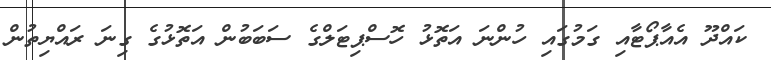
ކައްދޫ އެއާޕޯޓާއި ގަމުގައި ހުންނަ އަތޮޅު ހޮސްޕިޓަލްގެ ސަބަބުން އަތޮޅުގެ ގިނަ ރައްޔިތުން